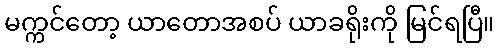
မက္ကင်တော့ ယာတောအစပ် ယာခရိုးကို မြင်ရပြီ။